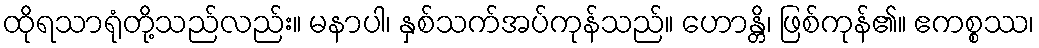
ထိုရသာရုံတို့သည်လည်း။ မနာပါ၊ နှစ်သက်အပ်ကုန်သည်။ ဟောန္တိ၊ ဖြစ်ကုန်၏။ ဧကစ္စဿ၊